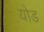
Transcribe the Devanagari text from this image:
योड